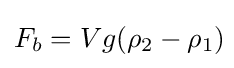
F_{b}=Vg(\rho _{2}-\rho _{1})\!